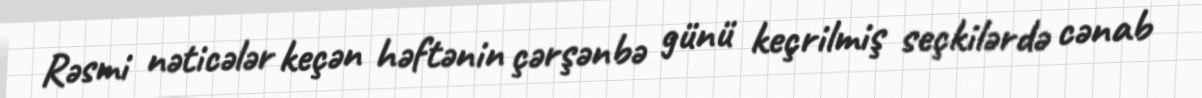
Rəsmi nəticələr keçən həftənin çərşənbə günü keçrilmiş seçkilərdə cənab